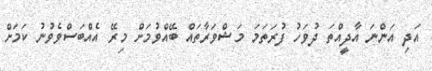
އަދި އަންނަ އާދީއްތަ ދުވަހު ފުރަތަމަ މަޝްވަރާތައް ބޭއްވުމަށް މިރޭ އެއްބަސްވެވުނު ކަމަށް